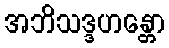
အဘိသဒ္ဒဟန္တော